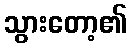
သွားတော့၏